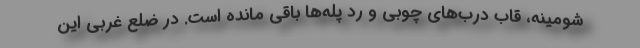
شومينه، قاب درب‌هاي چوبي و رد پله‌ها باقي مانده است. در ضلع غربي اين